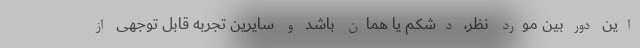
این دوربین مورد نظر، دشکم یا همان باشد و سایرین تجربه قابل توجهی از